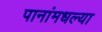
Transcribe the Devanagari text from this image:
पानांमधल्या